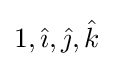
1,{\hat {\imath }},{\hat {\jmath }},{\hat {k}}